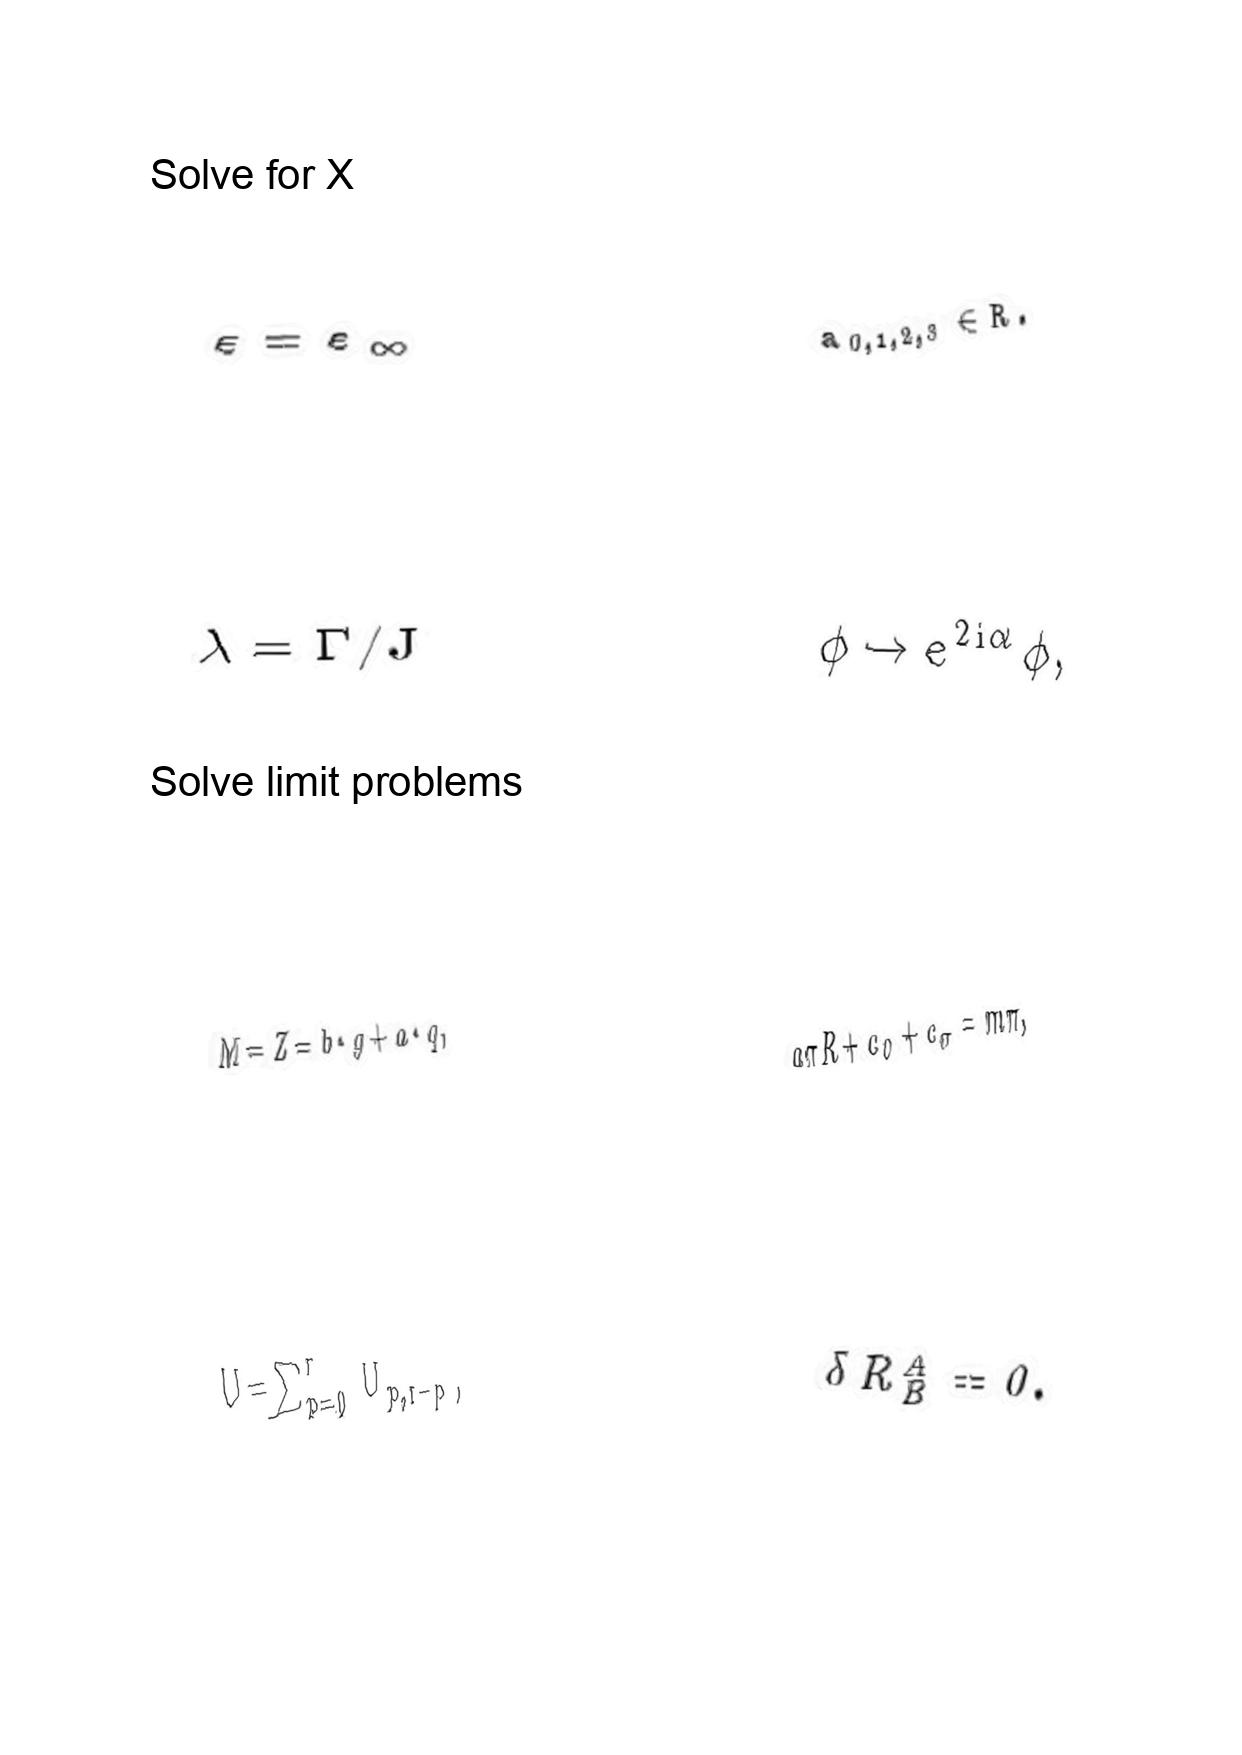
LaTeX transcription:
\varepsilon = \varepsilon _ { \infty }
\lambda = \Gamma / J
M = Z = b \cdot g + a \cdot q ,
U = \sum _ { p = 0 } ^ { r } U _ { p , r - p } ,
a _ { 0 , 1 , 2 , 3 } \in R .
\phi \rightarrow e ^ { 2 i \alpha } \phi ,
a \pi R + c _ { 0 } + c _ { \pi } = m \pi ,
\delta R _ { B } ^ { A } = 0 .